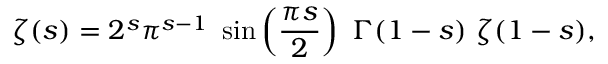
\zeta ( s ) = 2 ^ { s } \pi ^ { s - 1 } \ \sin \left( { \frac { \pi s } { 2 } } \right) \ \Gamma ( 1 - s ) \ \zeta ( 1 - s ) ,